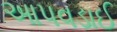
આપવડાઈ